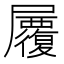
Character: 𡳷